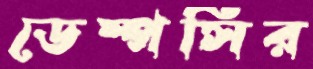
ডেম্পসির